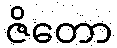
ဇိတော